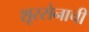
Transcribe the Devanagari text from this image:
शूरसेनाची